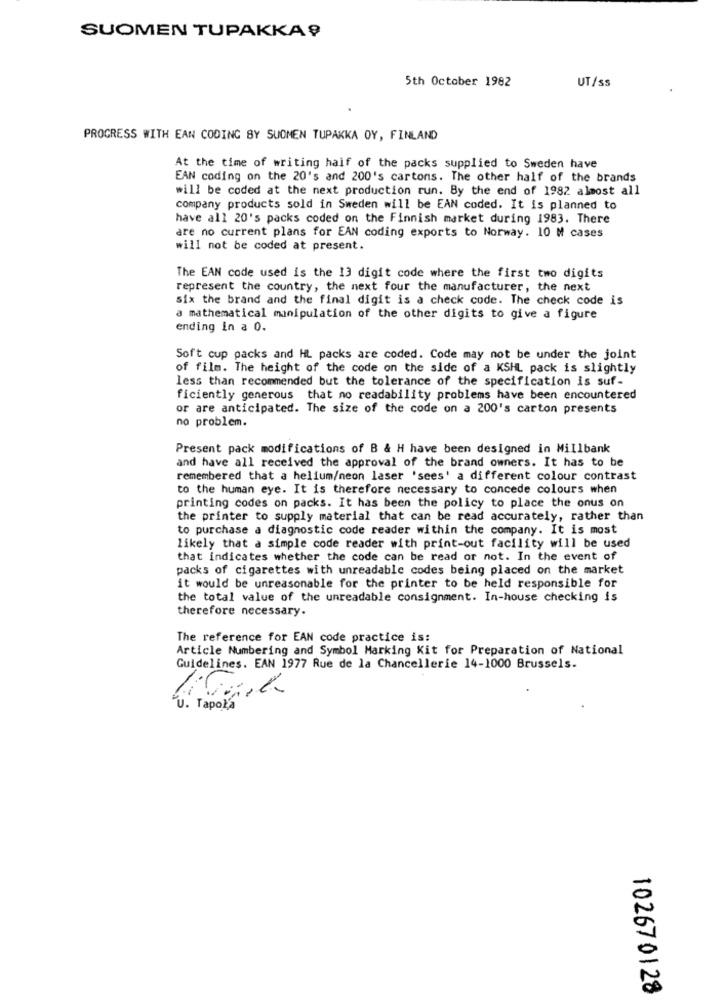
SUOMEN TUPAKKA ?
5th October 1982
UT/ss
PROGRESS WITH EAN CODING BY SUOMEN TUPAKKA OY, FINLAND
At the time of writing half of the packs supplied to Sweden have
EAN coding on the 20's and 200's cartons. The other half of the brands
will be coded at the next production run. By the end of 1982 almost all
company products sold in Sweden will be EAN coded. It is planned to
have all 20's packs coded on the Finnish market during 1983. There
are no current plans for EAN coding exports to Norway. 10 M cases
will not be coded at present.
The EAN code used is the 13 digit code where the first two digits
represent the country, the next four the manufacturer, the next
six the brand and the final digit is a check code. The check code is
a mathematical manipulation of the other digits to give a figure
ending in a 0.
Soft cup packs and HL packs are coded. Code may not be under the joint
of film. The height of the code on the side of a KSHL pack is slightly
less than recommended but the tolerance of the specification is suf-
ficiently generous that no readability problems have been encountered
or are anticipated. The size of the code on a 200's carton presents
no problem.
Present pack modifications of B & H have been designed in Millbank
and have all received the approval of the brand owners. It has to be
remembered that a helium/neon laser 'sees' a different colour contrast
to the human eye. It is therefore necessary to concede colours when
printing codes on packs. It has been the policy to place the onus on
the printer to supply material that can be read accurately, rather than
to purchase a diagnostic code reader within the company. It is most
likely that a simple code reader with print-out facility will be used
that indicates whether the code can be read or not. In the event of
packs of cigarettes with unreadable codes being placed on the market
it would be unreasonable for the printer to be held responsible for
the total value of the unreadable consignment. In-house checking is
therefore necessary.
The reference for EAN code practice is:
Article Numbering and Symbol Marking Kit for Preparation of National
Guidelines. EAN 1977 Rue de la Chancellerie 14-1000 Brussels.
"U. TapoŁa
-
0
102670128